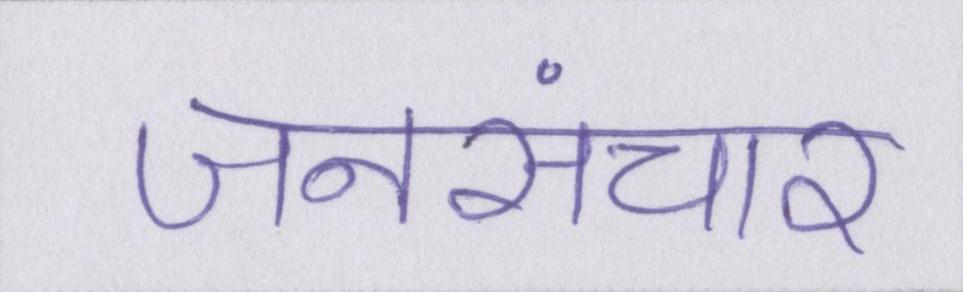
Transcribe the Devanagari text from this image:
जनसंचार